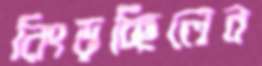
নিংড়চ্ছিলেন